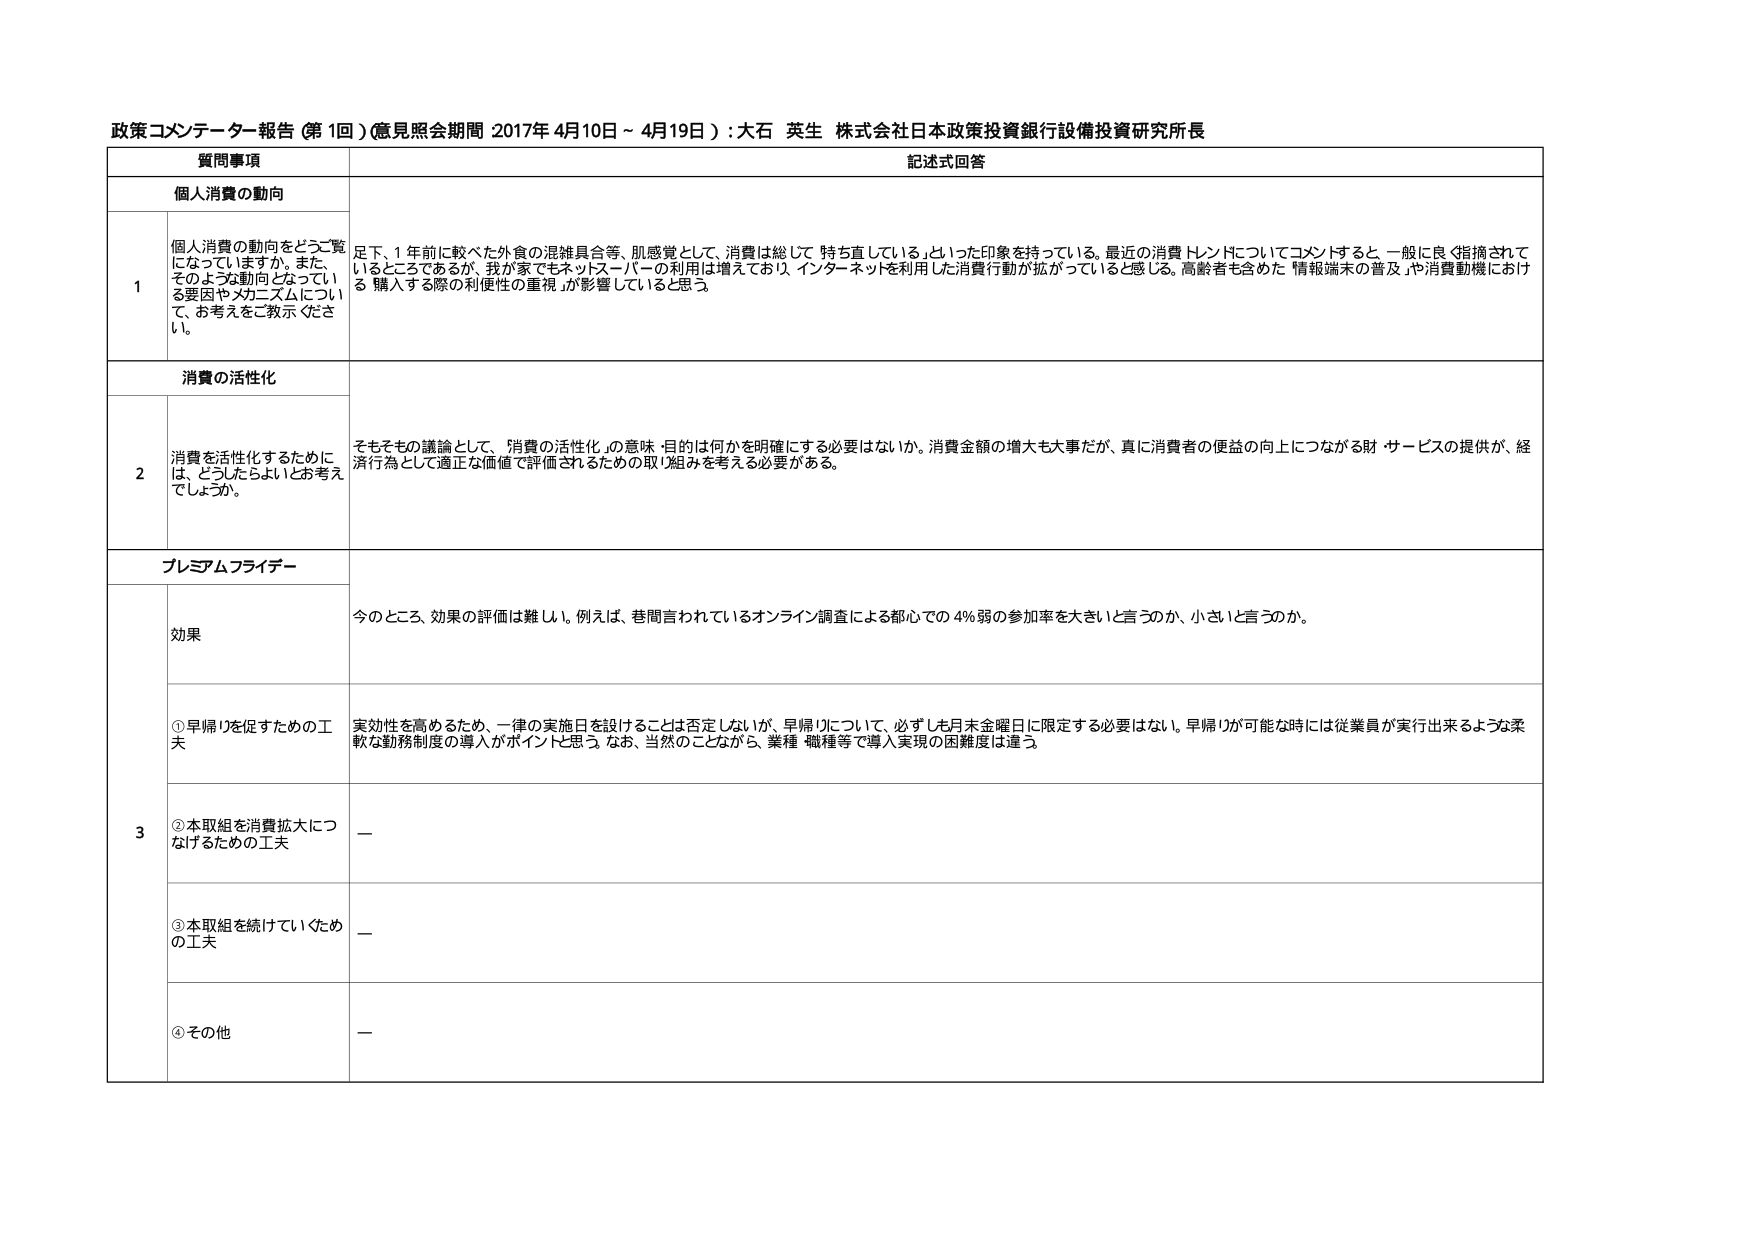
政策コメンテーター報告（第1回）（意見照会期間 2017年4月10日～4月19日）：大石 英生 株式会社日本政策投資銀行設備投資研究所長

質問事項